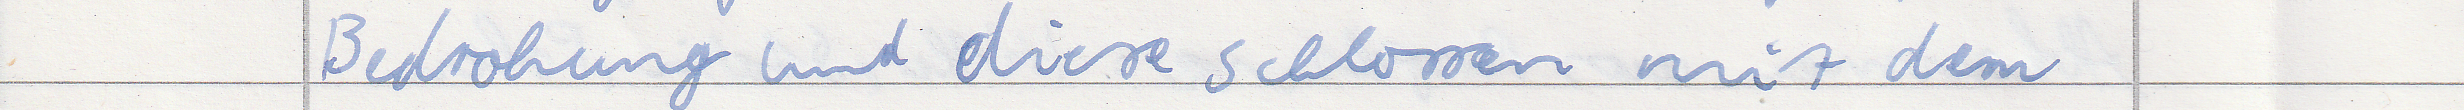
Bedrohung und diese schlossen mit dem